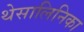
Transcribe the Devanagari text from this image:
थेसालिनिका